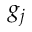
g _ { j }